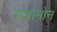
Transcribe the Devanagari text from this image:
राशोमोन